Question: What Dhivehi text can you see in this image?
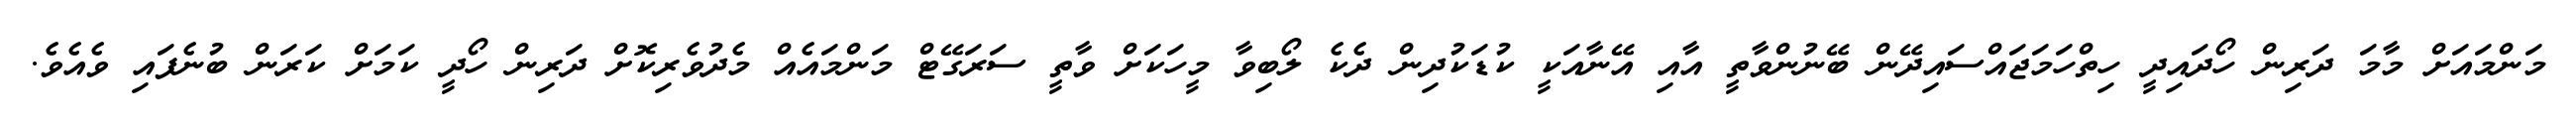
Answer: މަންމައަށް މާމަ ދަރިން ހޯދައިދީ ހިތްހަމަޖައްސައިދޭން ބޭނުންވާތީ އާއި އޭނާއަކީ ކުޑަކުދިން ދެކެ ލޯބިވާ މީހަކަށް ވާތީ ސަރަގޭޓް މަންމައެއް މެދުވެރިކޮށް ދަރިން ހޯދީ ކަމަށް ކަރަން ބުނެފައި ވެއެވެ.